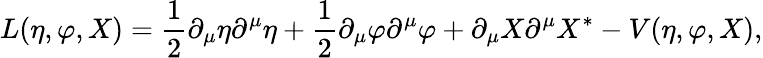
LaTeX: L(\eta,\varphi,X)=\frac{1}{2}\partial_{\mu}\eta\partial^{\mu}\eta+\frac{1}{2}\partial_{\mu}\varphi\partial^{\mu}\varphi+\partial_{\mu}X\partial^{\mu}X^{*}-V(\eta,\varphi,X),